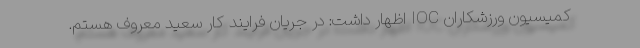
کمیسیون ورزشکاران IOC اظهار داشت: در جریان فرایند کار سعید معروف هستم.